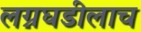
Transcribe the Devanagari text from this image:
लग्नघडीलाच